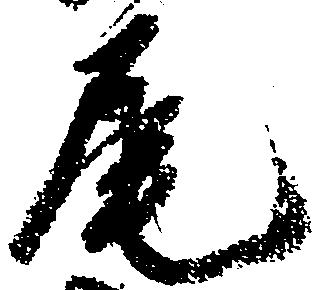
尾